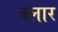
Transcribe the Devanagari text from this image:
क्लार